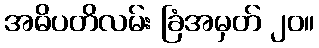
အဓိပတိလမ်း ခြံအမှတ် ၂၀။